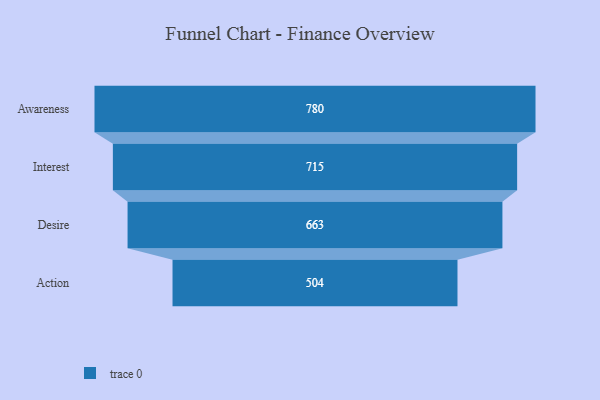
{"axis": {"x": "Stage", "y": "Value"}, "legend": [""], "data": [{"x": "Awareness", "y": 780.0, "type": ""}, {"x": "Interest", "y": 715.0, "type": ""}, {"x": "Desire", "y": 663.0, "type": ""}, {"x": "Action", "y": 504.0, "type": ""}]}